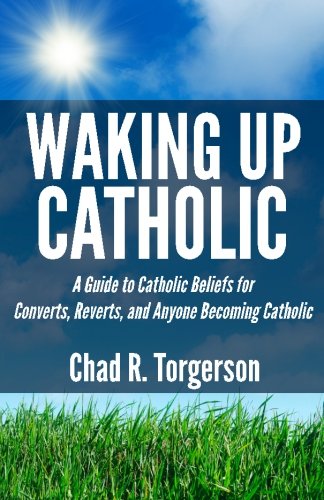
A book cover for Waking Up Catholic: A Guide to Catholic Beliefs for Converts, Reverts, and Anyone Becoming Catholic; Chad R. Torgerson; Christian Books & Bibles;